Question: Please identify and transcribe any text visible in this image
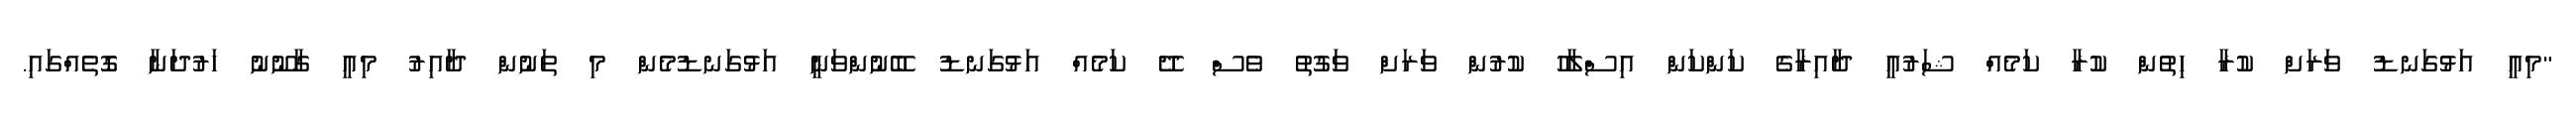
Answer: "މިއީ އަޅުގަނޑު ވަރަށް ކުރާ ހިތުން ކުރާ ކަމެއް ޝަރުއީ ދާއިރާގެ ކަންކަން އިސްލާހު ކުރުން ވަރަށް ވަގުތު ވެސް ދޭ ކަމެއް އަޅުގަނޑު ބޭނުންވަނީ އަޅުގަނޑުމެން މި ތަނުން ދާއިރު މިއީ ގާނޫނު ހަރުދަނާ ގޮތެއްގައި.